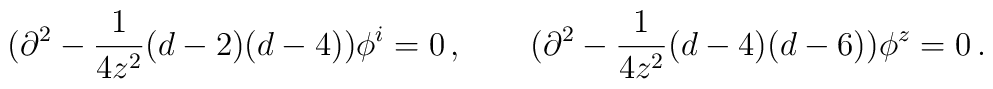
(\partial^2-\frac{1}{4z^2}(d-2)(d-4))\phi^i=0\,,\qquad(\partial^2-\frac{1}{4z^2}(d-4)(d-6))\phi^z=0\,.